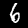
Digit: 6